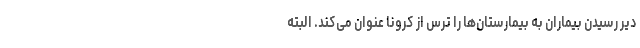
دیر رسیدن بیماران به بیمارستان‌ها را ترس از کرونا عنوان می‌کند. البته